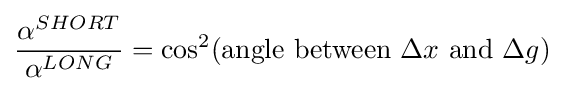
{\frac {\alpha ^{SHORT}}{\alpha ^{LONG}}}=\cos ^{2}({\text{angle between }}\Delta x{\text{ and }}\Delta g)